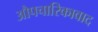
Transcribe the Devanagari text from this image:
औपचारिकावाद